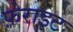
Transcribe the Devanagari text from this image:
फ़ेराइट